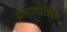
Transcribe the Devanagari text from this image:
प्रभावातील